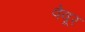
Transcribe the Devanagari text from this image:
वेवूर